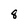
Character: 8